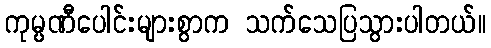
ကုမ္ပဏီပေါင်းများစွာက သက်သေပြသွားပါတယ်။